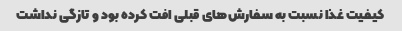
کیفیت غذا نسبت به سفارش‌های قبلی افت کرده بود و تازگی نداشت